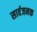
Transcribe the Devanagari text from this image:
सार्वजनक